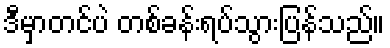
ဒီမှာတင်ပဲ တစ်ခန်းရပ်သွားပြန်သည်။